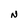
Character: N